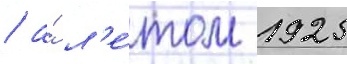
/ а́ л'е́том 1925